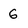
Character: G